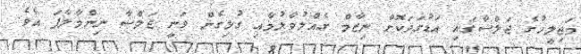
މަޖިލީހުގެ ޖަލްސާގައި އަޑުގަދަކޮށް ނިޒާމް ގެއްލުވާލުމާއި ގުޅިގެން ވަނީ ޖަލްސާ ނިންމާލާފަ އެވެ.